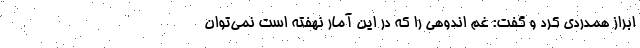
ابراز همدردی کرد و گفت: غم اندوهی را که در این آمار نهفته است نمی‌توان